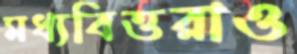
মধ্যবিত্তরাও